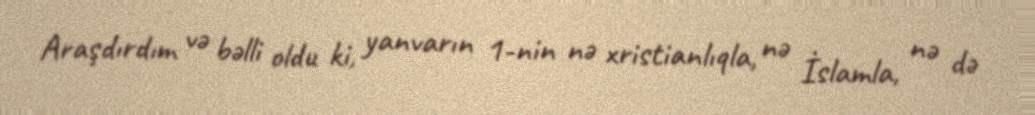
Araşdırdım və bəlli oldu ki, yanvarın 1-nin nə xristianlıqla, nə İslamla, nə də